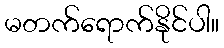
မတက်ရောက်နိုင်ပါ။